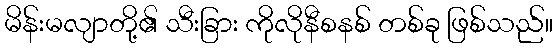
မိန်းမလျာတို့၏ သီးခြား ကိုလိုနီစနစ် တစ်ခု ဖြစ်သည်။